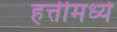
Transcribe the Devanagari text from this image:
हत्तीमध्ये